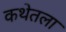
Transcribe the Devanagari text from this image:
कथेतला